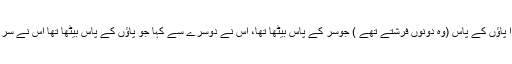
میرے پاس دو آدمی آئے ، ایک میرے سر کے پاس بیٹھا اور دوسرا پاؤں کے پاس (وہ دونوں فرشتے تھے ) جوسر کے پاس بیٹھا تھا، اس نے دوسرے سے کہا جو پاؤں کے پاس بیٹھا تھا اس نے سر کے پاس بیٹھے ہوئے سے کہا کہ اس شخص کو کیا بیماری ہے ؟